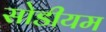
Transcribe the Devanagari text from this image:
सोडीयम